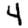
Digit: 4